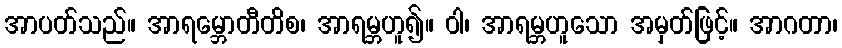
အာပတ်သည်။ အာရမ္ဘောတီတိစ၊ အာရမ္ဘဟူ၍။ ဝါ၊ အာရမ္ဘဟူသော အမှတ်ဖြင့်။ အာဂတာ၊